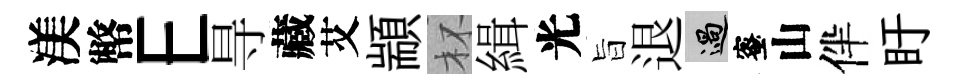
渼幣E㝵藏艾顓杯緝光旨退過蜜山伴盱